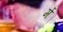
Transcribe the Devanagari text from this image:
र्मे